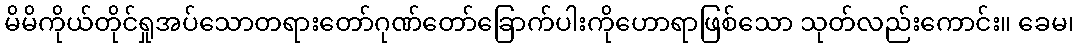
မိမိကိုယ်တိုင်ရှုအပ်သောတရားတော်ဂုဏ်တော်ခြောက်ပါးကိုဟောရာဖြစ်သော သုတ်လည်းကောင်း။ ခေမ၊